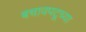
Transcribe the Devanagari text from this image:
बचावपटूच्या